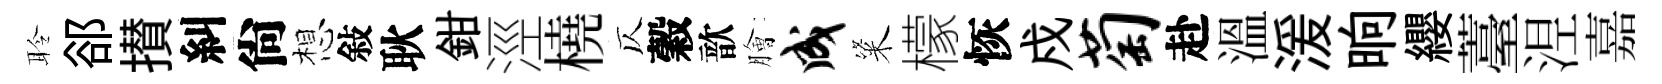
聆郤攅糾尙想敍耿鉗涇橈仄穀歆膾成粢檬恢戍萄赴溫湲晌纓薹𣵀嘉